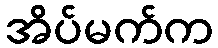
အိပ်မက်က